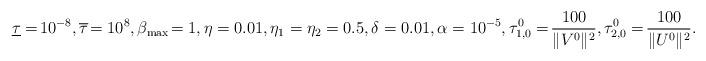
LaTeX: \begin{align*} \underline{\tau}=\!10^{-8},\overline{\tau}\!=10^{8}, \beta_{\rm max}\!=1,\eta=0.01,\eta_1=\eta_2=0.5,\delta=0.01, \alpha=10^{-5},\tau_{1,0}^0=\!\frac{100}{\|V^0\|^2},\tau_{2,0}^0=\!\frac{100}{\|U^0\|^2}. \end{align*}